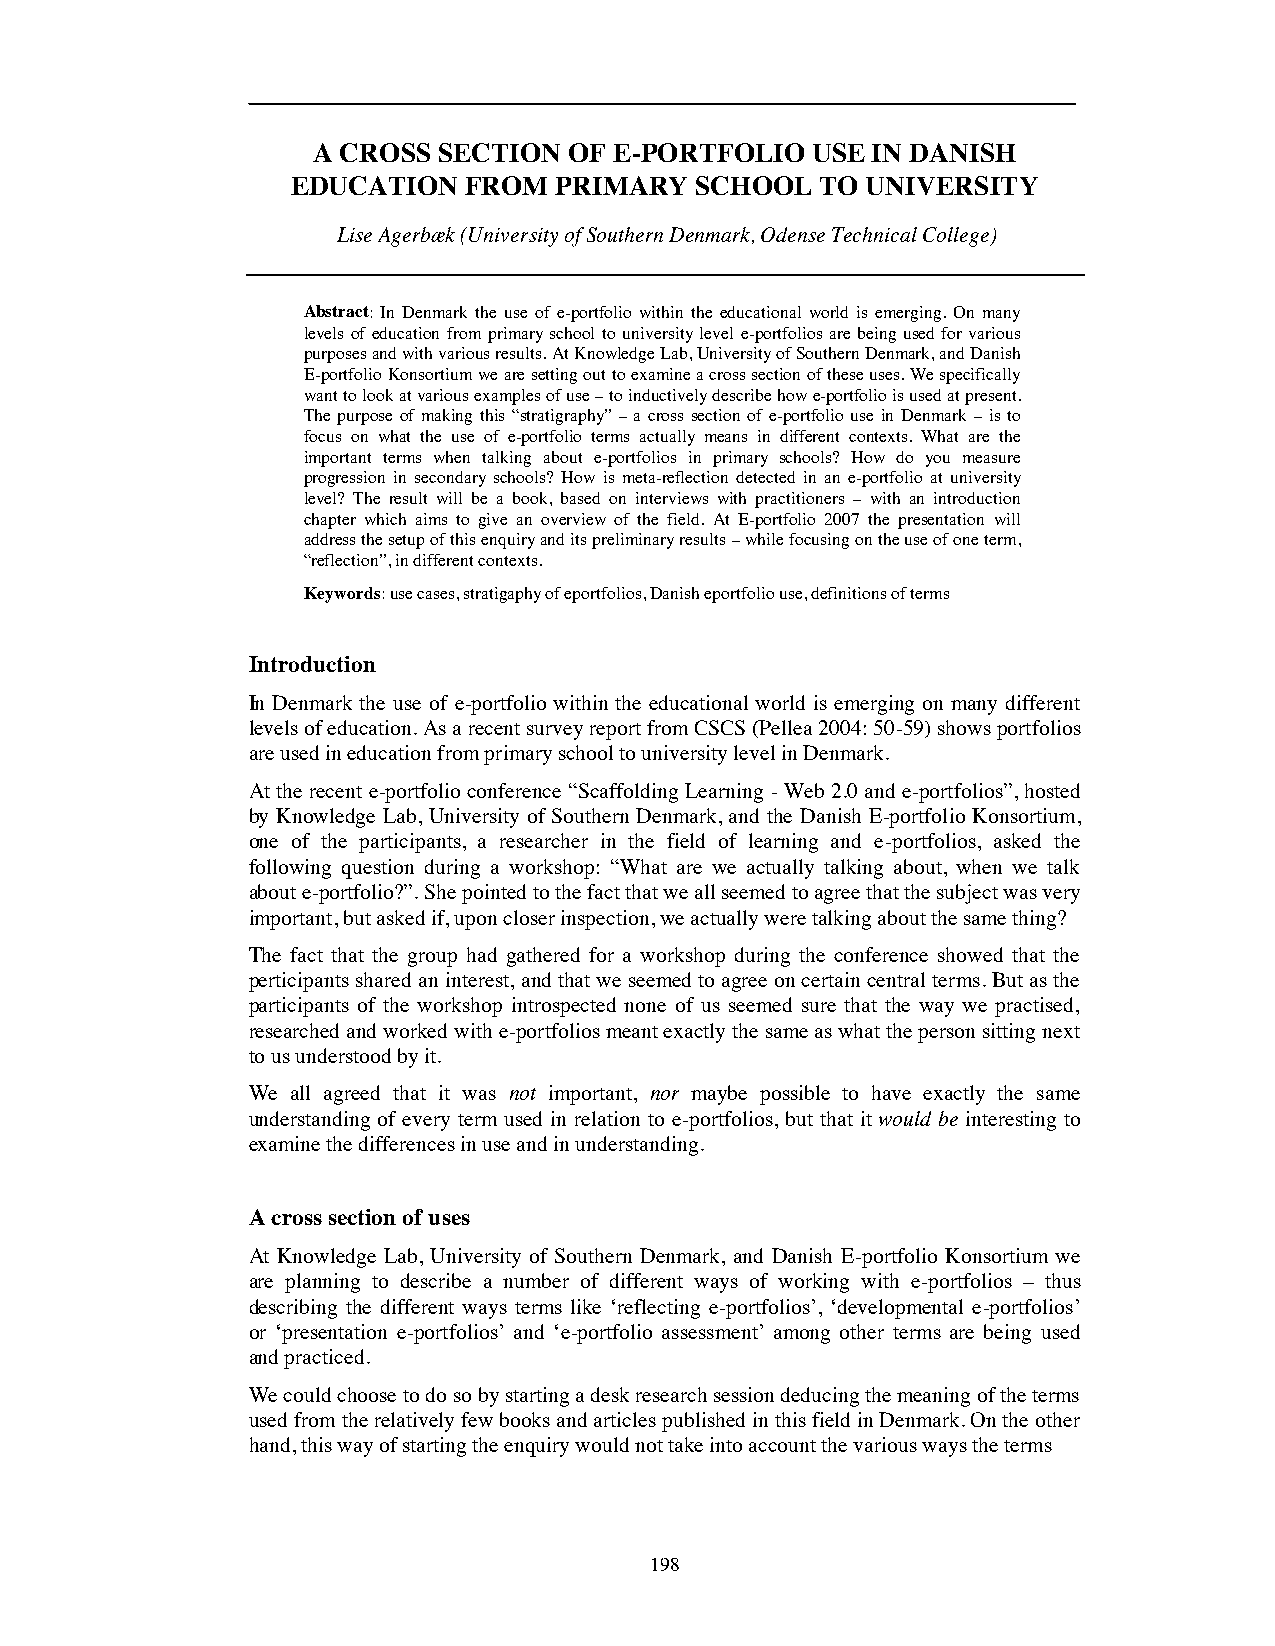
A CROSS SECTION  OF E-PORTFOLIO  USE IN DANISH
 EDUCATION   FROM  PRIMARY  SCHOOL  TO UNIVERSITY
 Lise Agerbæk (University of Southern Denmark, Odense Technical College)
 Abstract: In Denmark the use of e-portfolio within the educational world is emerging. On many
 levels of education from primary school to university level e-portfolios are being used for various
 purposesand with various results. At Knowledge Lab, University of Southern Denmark, and Danish
 E-portfolio Konsortium we are setting out to examine a cross section of these uses. We specifically
 want to look at various examples of use– to inductively describe how e-portfolio is used at present.
 The purpose of making this “stratigraphy” – a cross section of e-portfolio use in Denmark – is to
 focus on what the use of e-portfolio terms actually means in different contexts. What are the
 important terms when talking about e-portfolios in primary schools? How do you measure
 progression in secondary schools? How is meta-reflection detected in an e-portfolio at university
 level? The result will be a book, based on interviews with practitioners – with an introduction
 chapter which aims to give an overview of the field. At E-portfolio 2007 the presentation will
 address the setup of this enquiry and its preliminary results– while focusing on the use of one term,
 “reflection”, in different contexts.
 Keywords:use cases, stratigaphy of eportfolios, Danish eportfolio use, definitions of terms
 Introduction
 In Denmark the use of e-portfolio within the educational world is emerging on many different
 levels of education. As a recent survey report from CSCS (Pellea 2004: 50-59) showsportfolios
 are used in education from primary school to university level in Denmark.
 At the recent e-portfolio conference “Scaffolding Learning - Web 2.0 and e-portfolios”, hosted
 by Knowledge Lab, University of Southern Denmark, and the Danish E-portfolio Konsortium,
 one of the participants, a researcher in the field of learning and e-portfolios, asked the
 following question during a workshop: “What are we actually talking about, when we talk
 about e-portfolio?”. She pointed to the fact that we all seemed to agree that the subject was very
 important, but asked if, upon closer inspection, we actually were talking about the same thing?
 The fact that the group had gathered for a workshop during the conference showed that the
 perticipants shared an interest, and that we seemed to agree on certain central terms. But as the
 participants of the workshop introspected none of us seemed sure that the way we practised,
 researched and worked with e-portfolios meant exactly the same as what the person sitting next
 to us understood by it.
 We all agreed that it was not important, nor maybe possible to have exactly the same
 understanding of every term used in relation to e-portfolios, but that it would be interesting to
 examine the differences in use and in understanding.
 A cross section of uses
 At Knowledge Lab, University of Southern Denmark, and Danish E-portfolio Konsortium we
 are planning to describe a number of different ways of working with e-portfolios – thus
 describing the different ways terms like ‘reflecting e-portfolios’, ‘developmental e-portfolios’
 or ‘presentation e-portfolios’ and ‘e-portfolio assessment’ among other terms are being used
 and practiced.
 We could choose to do so by starting a desk research session deducing the meaning of the terms
 used from the relatively few books and articles published in this field in Denmark. On the other
 hand, this way of starting the enquiry would not take into account the various ways the terms
 198